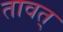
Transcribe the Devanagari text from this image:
तावत्